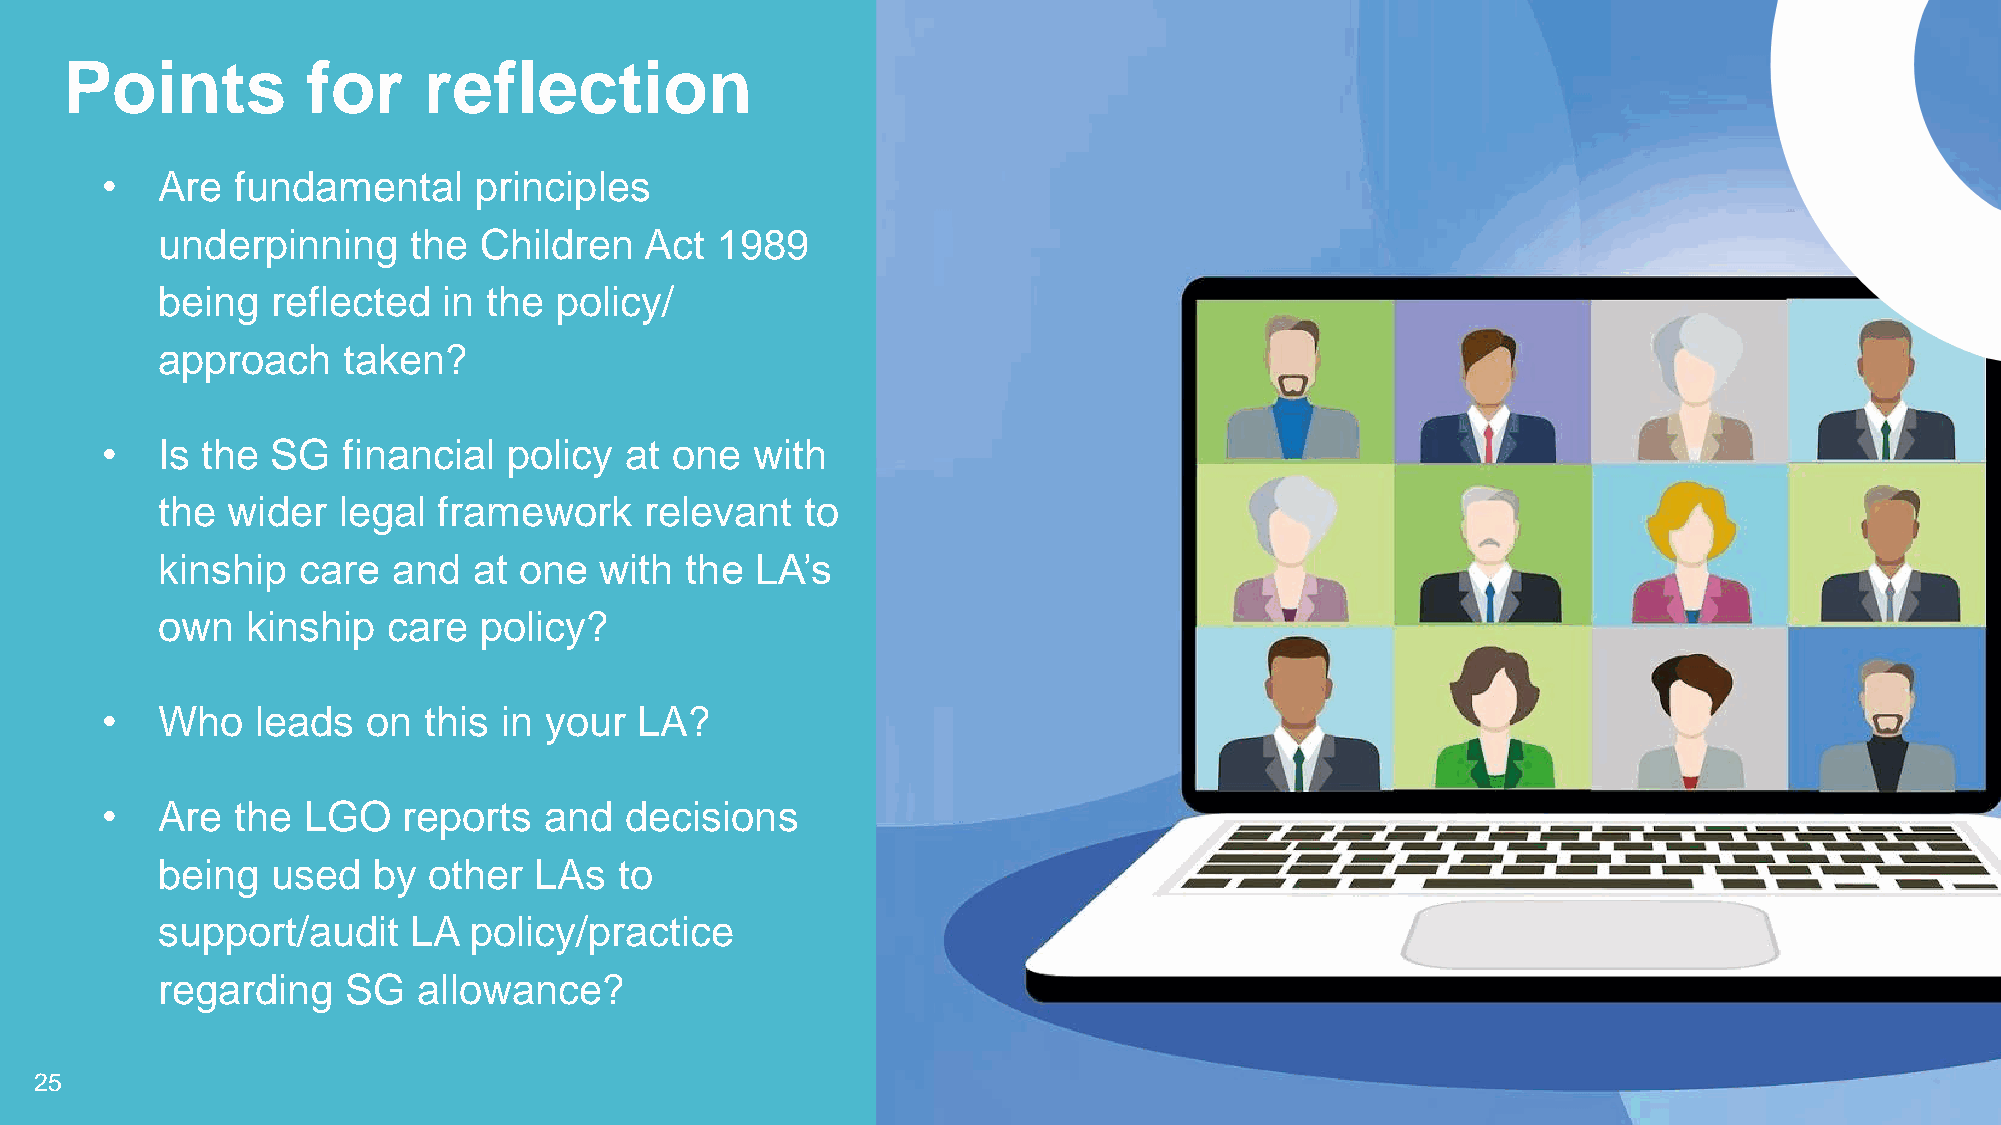
Points          for     reflection
 •  Are   fundamental    principles
 underpinning     the  Children   Act 1989
 being   reflected  in the  policy/
 approach     taken?
 •  Is the  SG   financial  policy at one   with
 the  wider  legal  framework     relevant  to
 kinship   care  and  at one   with the  LA’s
 own   kinship   care  policy?
 •  Who    leads  on  this in your  LA?
 •  Are   the LGO    reports  and  decisions
 being   used   by other  LAs   to
 support/audit    LA  policy/practice
 regarding    SG   allowance?
 25